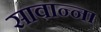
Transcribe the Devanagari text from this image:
सावान्ना